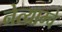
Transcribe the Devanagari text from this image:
नेत्याम्चे